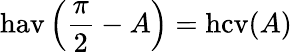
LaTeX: \operatorname{hav}\left({\frac{\pi}{2}}-A\right)=\operatorname{hcv}(A)